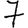
Digit: 7